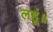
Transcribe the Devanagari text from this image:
लहूं॥